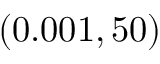
( 0 . 0 0 1 , 5 0 )